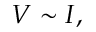
V \sim I ,